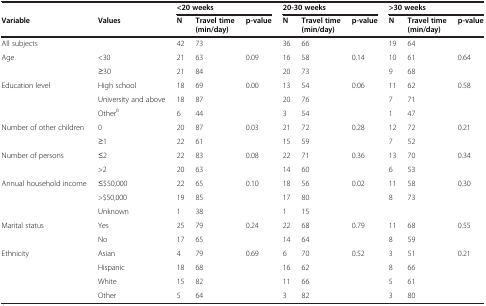
<table><thead><tr><td><b> </b></td><td><b> </b></td><td colspan="3"><b>&lt;20 weeks</b></td><td colspan="3"><b>20-30 weeks</b></td><td colspan="3"><b>&gt;30 weeks</b></td></tr><tr><td><b>Variable</b></td><td><b>Values</b></td><td><b>N</b></td><td><b>Travel time (min/day)</b></td><td><b>p-value</b></td><td><b>N</b></td><td><b>Travel time (min/day)</b></td><td><b>p-value</b></td><td><b>N</b></td><td><b>Travel time (min/day)</b></td><td><b>p-value</b></td></tr></thead><tbody><tr><td>All subjects</td><td> </td><td>42</td><td>73</td><td> </td><td>36</td><td>66</td><td> </td><td>19</td><td>64</td><td> </td></tr><tr><td rowspan="2">Age</td><td>&lt;30</td><td>21</td><td>63</td><td>0.09</td><td>16</td><td>58</td><td>0.14</td><td>10</td><td>61</td><td>0.64</td></tr><tr><td>≥30</td><td>21</td><td>84</td><td> </td><td>20</td><td>73</td><td> </td><td>9</td><td>68</td><td> </td></tr><tr><td rowspan="3">Education level</td><td>High school</td><td>18</td><td>69</td><td>0.00</td><td>13</td><td>54</td><td>0.06</td><td>11</td><td>62</td><td>0.58</td></tr><tr><td>University and above</td><td>18</td><td>87</td><td> </td><td>20</td><td>76</td><td> </td><td>7</td><td>71</td><td> </td></tr><tr><td>Other<sup><i>b</i></sup></td><td>6</td><td>44</td><td> </td><td>3</td><td>54</td><td> </td><td>1</td><td>47</td><td> </td></tr><tr><td rowspan="2">Number of other children</td><td>0</td><td>20</td><td>87</td><td>0.03</td><td>21</td><td>72</td><td>0.28</td><td>12</td><td>72</td><td>0.21</td></tr><tr><td>≥1</td><td>22</td><td>61</td><td> </td><td>15</td><td>59</td><td> </td><td>7</td><td>52</td><td> </td></tr><tr><td rowspan="2">Number of persons</td><td>≤2</td><td>22</td><td>83</td><td>0.08</td><td>22</td><td>71</td><td>0.36</td><td>13</td><td>70</td><td>0.34</td></tr><tr><td>&gt;2</td><td>20</td><td>63</td><td> </td><td>14</td><td>60</td><td> </td><td>6</td><td>53</td><td> </td></tr><tr><td rowspan="3">Annual household income</td><td>≤$50,000</td><td>22</td><td>65</td><td>0.10</td><td>18</td><td>56</td><td>0.02</td><td>11</td><td>58</td><td>0.30</td></tr><tr><td>&gt;$50,000</td><td>19</td><td>85</td><td> </td><td>17</td><td>80</td><td> </td><td>8</td><td>73</td><td> </td></tr><tr><td>Unknown</td><td>1</td><td>38</td><td> </td><td>1</td><td>15</td><td> </td><td> </td><td> </td><td> </td></tr><tr><td rowspan="2">Marital status</td><td>Yes</td><td>25</td><td>79</td><td>0.24</td><td>22</td><td>68</td><td>0.79</td><td>11</td><td>68</td><td>0.55</td></tr><tr><td>No</td><td>17</td><td>65</td><td> </td><td>14</td><td>64</td><td> </td><td>8</td><td>59</td><td> </td></tr><tr><td rowspan="3">Ethnicity</td><td>Asian</td><td>4</td><td>79</td><td>0.69</td><td>6</td><td>70</td><td>0.52</td><td>3</td><td>51</td><td>0.21</td></tr><tr><td>Hispanic</td><td>18</td><td>68</td><td> </td><td>16</td><td>62</td><td> </td><td>8</td><td>66</td><td> </td></tr><tr><td>White</td><td>15</td><td>82</td><td> </td><td>11</td><td>66</td><td> </td><td>5</td><td>61</td><td> </td></tr><tr><td> </td><td>Other</td><td>5</td><td>64</td><td> </td><td>3</td><td>82</td><td> </td><td>3</td><td>80</td><td> </td></tr></tbody></table>